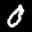
Label: 0